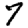
Digit: 7